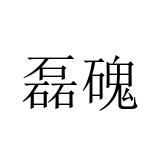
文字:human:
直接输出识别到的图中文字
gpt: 磊磈